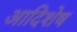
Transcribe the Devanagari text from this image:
आदिशेष